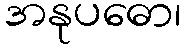
အနုပဓော၊